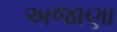
અજાણા